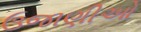
ઉજાણીઓ